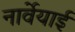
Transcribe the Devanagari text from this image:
नार्वेयाई